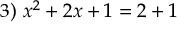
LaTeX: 3 ) \ x ^ { 2 } + 2 x + 1 = 2 + 1